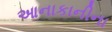
આનાકાનીના